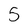
Character: 5